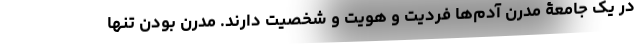
در یک جامعۀ مدرن آدم‌ها فردیت و هویت و شخصیت دارند. مدرن بودن تنها